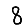
Digit: 8